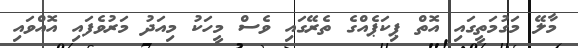
މާލޭ މަގުމަތީގައި އޮތް ޕިކަޕެއްގެ ތެރޭގައި ވެސް މީހަކު މިއަދު މަރުވެފައި އޮއްވައި